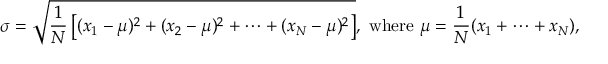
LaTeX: \sigma = { \sqrt { { \frac { 1 } { N } } \left[ ( x _ { 1 } - \mu ) ^ { 2 } + ( x _ { 2 } - \mu ) ^ { 2 } + \cdots + ( x _ { N } - \mu ) ^ { 2 } \right] } } , { \mathrm { ~ w h e r e ~ } } \mu = { \frac { 1 } { N } } ( x _ { 1 } + \cdots + x _ { N } ) ,